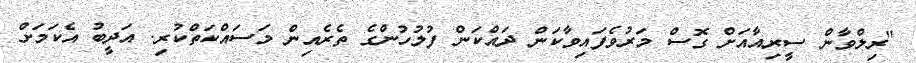
"ރިލްވާން ސީރިއާއަށް ގޮސް މަރުވެފައިވާކަން ދައްކަން ފުލުހުންގެ ތެރެއިން މަސައްކަތްކުރި. އަދީބު އެކަމަށް